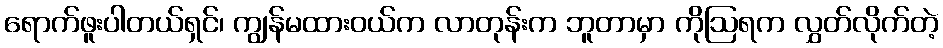
ရောက်ဖူးပါတယ်ရှင်၊ ကျွန်မထားဝယ်က လာတုန်းက ဘူတာမှာ ကိုဩရက လွှတ်လိုက်တဲ့